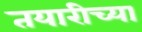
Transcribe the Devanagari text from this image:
तयारीच्या